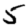
Digit: 5